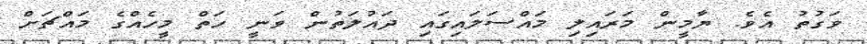
ވަގުތު އެވެ. ޔާމީން މަރައިލި މައްސަލައިގައި ދައުލަތުން ވަނީ ހަތް މީހެއްގެ މައްޗަށް